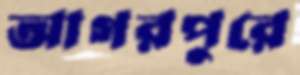
আগরপুরে